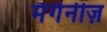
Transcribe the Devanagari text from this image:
मैगैनीज़